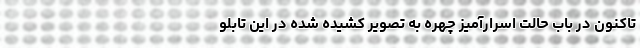
تاکنون در باب حالت اسرارآمیز چهره به تصویر کشیده شده در این تابلو